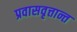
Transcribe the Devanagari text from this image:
प्रवासवृत्तान्त